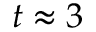
t \approx 3